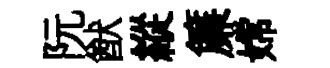
阮猷縱簾嫦